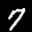
Label: 7